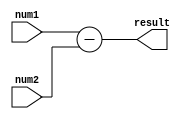
module Combinational_logic_blocks (
    input [3:0] num1,
    input [3:0] num2,
    output reg [3:0] result
);

assign result = num1 - num2;

endmodule